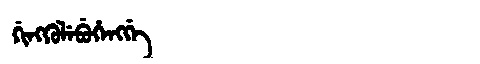
Manchu: ᡤᡳᠩᡤᡠᠯᡝᠪᡠᡥᡝᠩᡤᡝ
Romanization: GINGGULEBUHENGGE